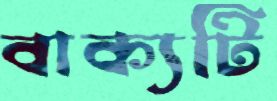
বাক্যটি